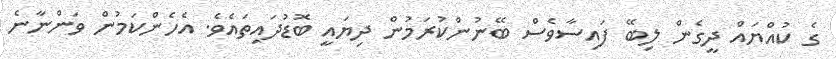
ގެ ކުއްޔައް ދީގެން ލިބޭ ފައިސާވެސް ބޭނުންކުރަމުން ދިޔައީ ބޮޑުދައިތައެވެ. އެހެންކަމުން ވަންނާނެ